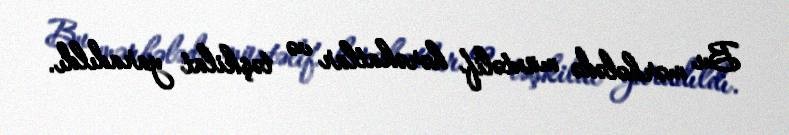
Bu mərhələdə müxtəlif hərəkatlar və təşkilat yaradıldı.